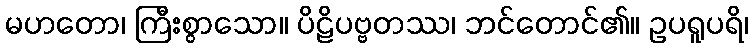
မဟတော၊ ကြီးစွာသော။ ပိဠိပဗ္ဗတဿ၊ ဘင်တောင်၏။ ဥပရူပရိ၊